Etiology and epidemiology of plague
Disease focus: Plague
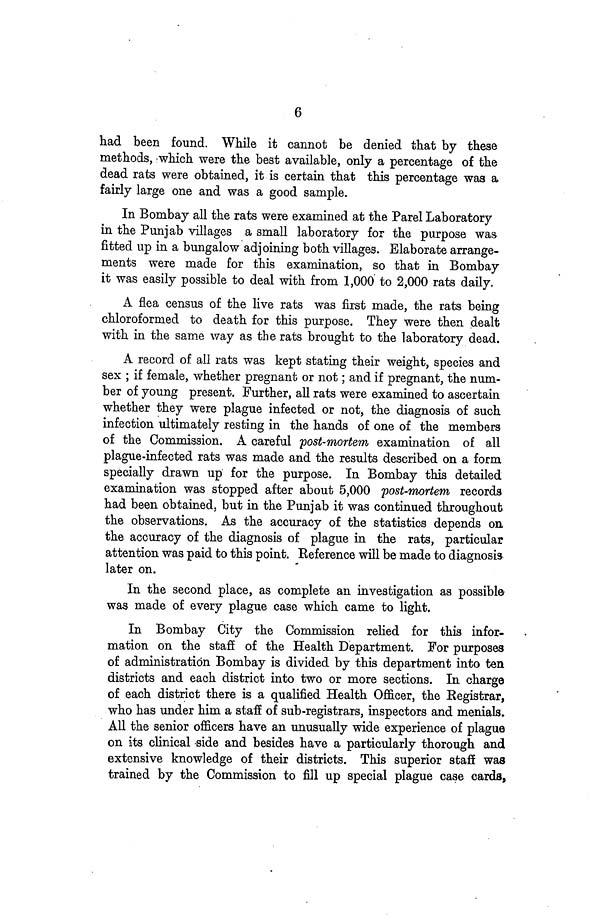
6
had been found. While it cannot be denied that by these
methods, which were the best available, only a percentage of the
dead rats were obtained, it is certain that this percentage was a
fairly large one and was a good sample.
In Bombay all the rats were examined at the Parel Laboratory
in the Punjab villages a small laboratory for the purpose was
fitted up in a bungalow adjoining both villages. Elaborate arrange-
ments were made for this examination, so that in Bombay
it was easily possible to deal with from 1,000 to 2,000 rats daily.
A flea census of the live rats was first made, the rats being
chloroformed to death for this purpose. They were then dealt
with in the same way as the rats brought to the laboratory dead.
A record of all rats was kept stating their weight, species and
sex ; if female, whether pregnant or not; and if pregnant, the num-
ber of young present. Further, all rats were examined to ascertain
whether they were plague infected or not, the diagnosis of such
infection ultimately resting in the hands of one of the members
of the Commission. A careful post-mortem examination of all
plague-infected rats was made and the results described on a form
specially drawn up for the purpose. In Bombay this detailed
examination was stopped after about 5,000 post-mortem records
had been obtained, but in the Punjab it was continued throughout
the observations. As the accuracy of the statistics depends on
the accuracy of the diagnosis of plague in the rats, particular
attention was paid to this point. Reference will be made to diagnosis
later on.
In the second place, as complete an investigation as possible
was made of every plague case which came to light.
In Bombay City the Commission relied for this infor-
mation on the staff of the Health Department. For purposes
of administration Bombay is divided by this department into ten
districts and each district into two or more sections. In charge
of each district there is a qualified Health Officer, the Registrar,
who has under him a staff of sub-registrars, inspectors and menials.
All the senior officers have an unusually wide experience of plague
on its clinical -side and besides have a particularly thorough and
extensive knowledge of their districts. This superior staff was
trained by the Commission to fill up special plague case cards,